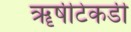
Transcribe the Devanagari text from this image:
ॠषीटेकडी